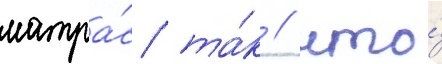
матра́с та́к / что́